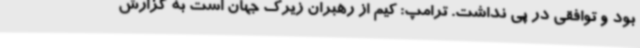
بود و توافقی در پی نداشت. ترامپ: کیم از رهبران زیرک جهان است به گزارش